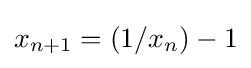
x_{n+1}=(1/x_{n})-1